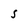
Character: S